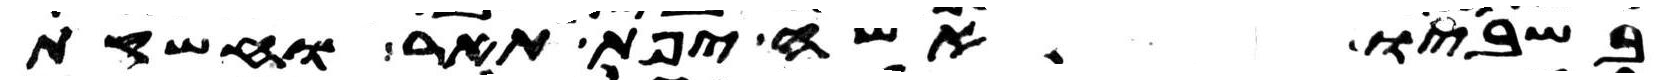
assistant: בשביו אשה יפת תאר וחשקת